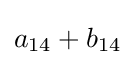
a_{14}+b_{14}